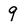
Character: 9